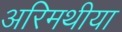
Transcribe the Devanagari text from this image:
अरिमथीया